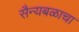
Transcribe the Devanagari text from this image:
सैन्यबळाचा